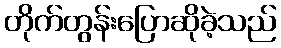
တိုက်တွန်းပြောဆိုခဲ့သည်